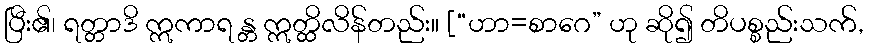
ပြီး၏၊ ရတ္တာဒိ ဣကာရ န္တ ဣတ္ထိလိန်တည်း။ [“ဟာ=စာဂေ” ဟု ဆို၍ တိပစ္စည်းသက်,